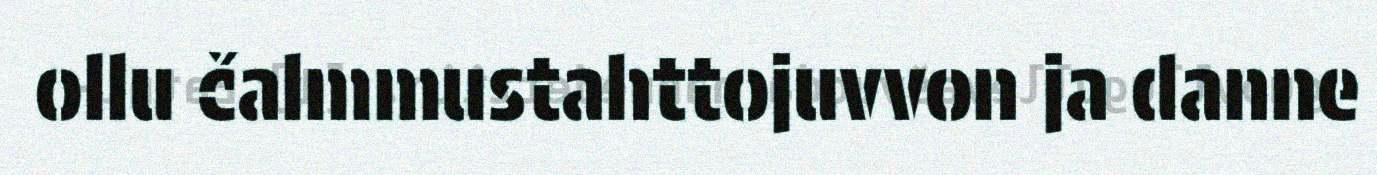
ollu čalmmustahttojuvvon ja danne